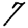
Digit: 7